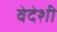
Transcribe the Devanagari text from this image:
वेदेशी